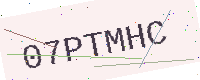
Text: 07PTMHC